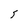
Character: 5